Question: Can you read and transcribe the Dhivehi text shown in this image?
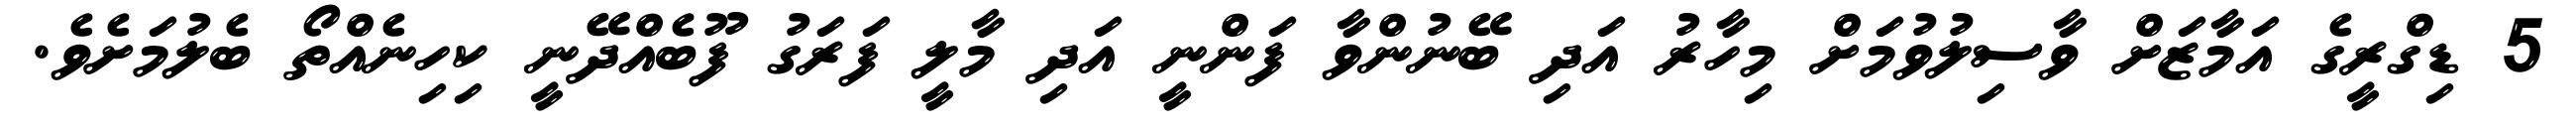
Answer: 5 ޑިގްރީގެ އަމާޒަށް ވާސިލުވުމަށް މިހާރު އަދި ބޭނުންވާ ފަންނީ އަދި މާލީ ފަރަގު ފޫބެއްދޭނީ ކިހިނެއްތޯ ބެލުމަށެވެ.